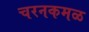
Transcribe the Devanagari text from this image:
चरनकमळ